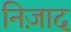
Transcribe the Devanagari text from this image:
निज़ाद